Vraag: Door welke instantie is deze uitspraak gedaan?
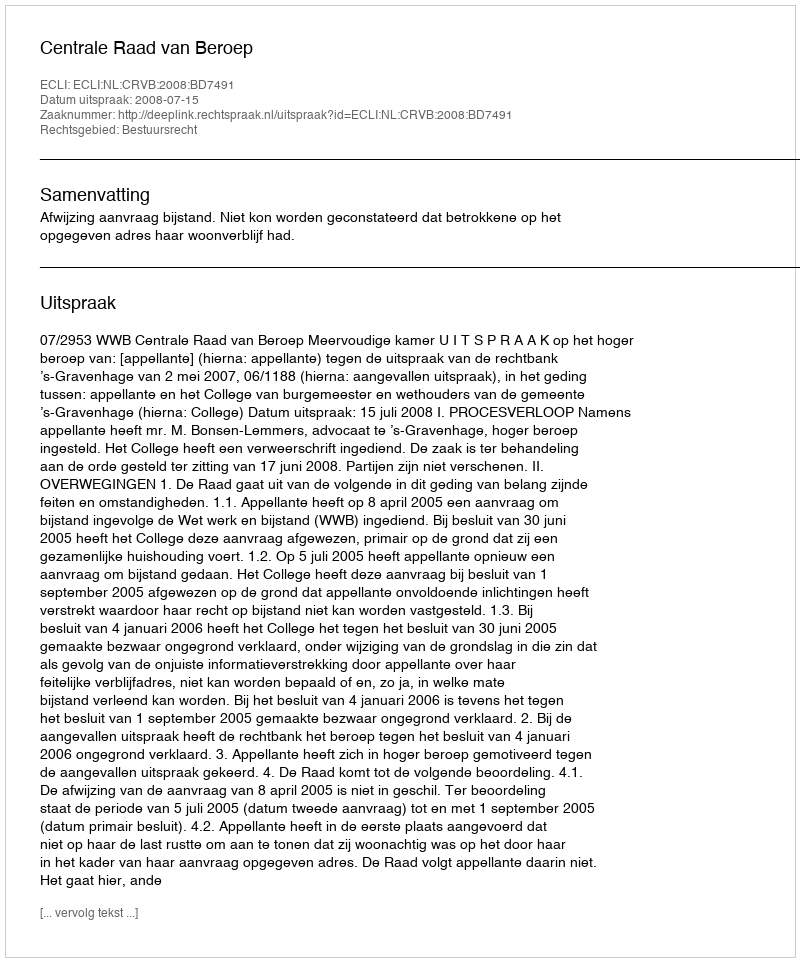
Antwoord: Centrale Raad van Beroep